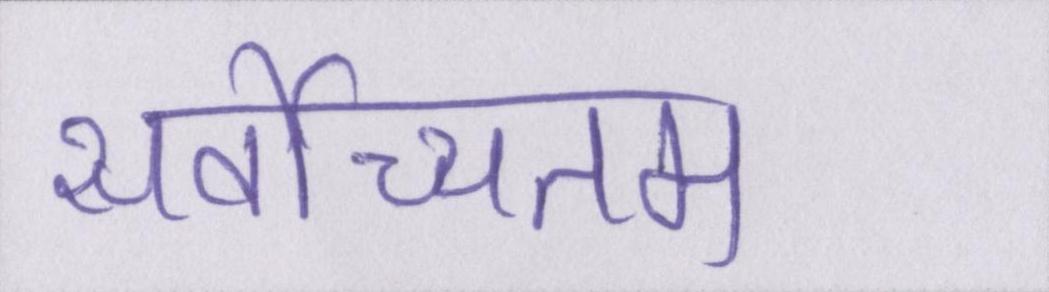
सर्वोच्चतम